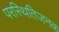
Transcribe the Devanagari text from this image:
परस्थितिजनक